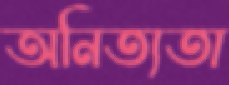
অনিত্যতা